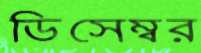
ডিসেম্বর